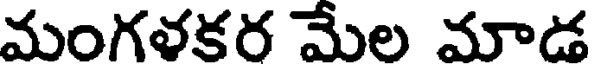
మంగళకర మేల మాడ